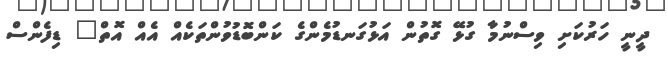
ދީނީ ހަރުކަށި ވިސްނުމާ ގުޅޭ ގޮތުން އަޅުގަނޑުމެންގެ ކަންބޮޑުވުންތަކެއް އެއް އޮތް" ޑިފެންސް